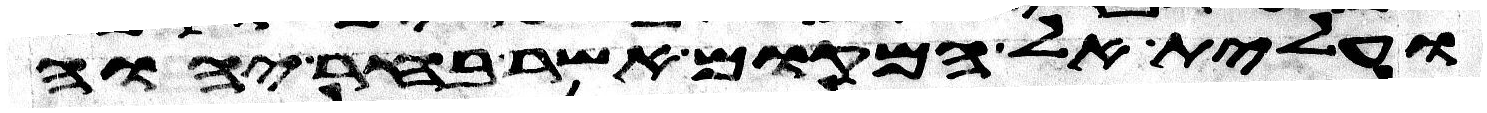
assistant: ועלית אל המקום אשר בחר יהוה